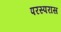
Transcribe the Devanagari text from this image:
परस्परास